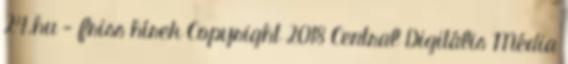
24.hu - friss hírek Copyright 2018 Central Digitális Média